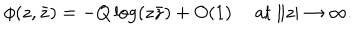
\phi ( z , \bar { z } ) = - Q \log ( z \bar { z } ) + O ( 1 ) \ \mathrm { a t } \ \| z | \rightarrow \infty . \nonumber